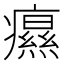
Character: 𤻗